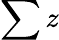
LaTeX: \sum z